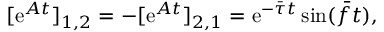
[ \mathrm { e } ^ { \boldsymbol { A } t } ] _ { 1 , 2 } = - [ \mathrm { e } ^ { \boldsymbol { A } t } ] _ { 2 , 1 } = \mathrm { e } ^ { - \bar { \tau } t } \sin ( \bar { f } t ) ,